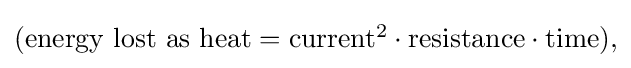
{\textstyle ({\text{energy lost as heat}}={\text{current}}^{2}\cdot {\text{resistance}}\cdot {\text{time}}),}